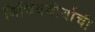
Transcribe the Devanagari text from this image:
विचित्रवीर्याची